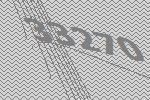
33270